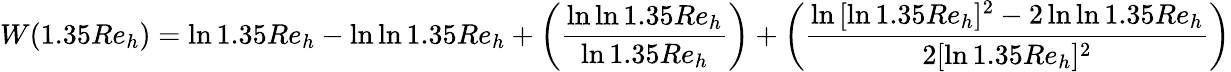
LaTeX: W(1.35Re_{h})=\ln{1.35Re_{h}}-\ln{\ln{1.35Re_{h}}}+\left({\frac{\ln{\ln{1.35Re_{h}}}}{\ln{1.35Re_{h}}}}\right)+\left({\frac{\ln{[\ln{1.35Re_{h}}]^{2}-2\ln{\ln{1.35Re_{h}}}}}{2[\ln{1.35Re_{h}}]^{2}}}\right)